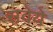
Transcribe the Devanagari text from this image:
सवेये